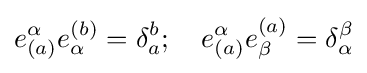
e_{(a)}^{\alpha }e_{\alpha }^{(b)}=\delta _{a}^{b};\quad e_{(a)}^{\alpha }e_{\beta }^{(a)}=\delta _{\alpha }^{\beta }